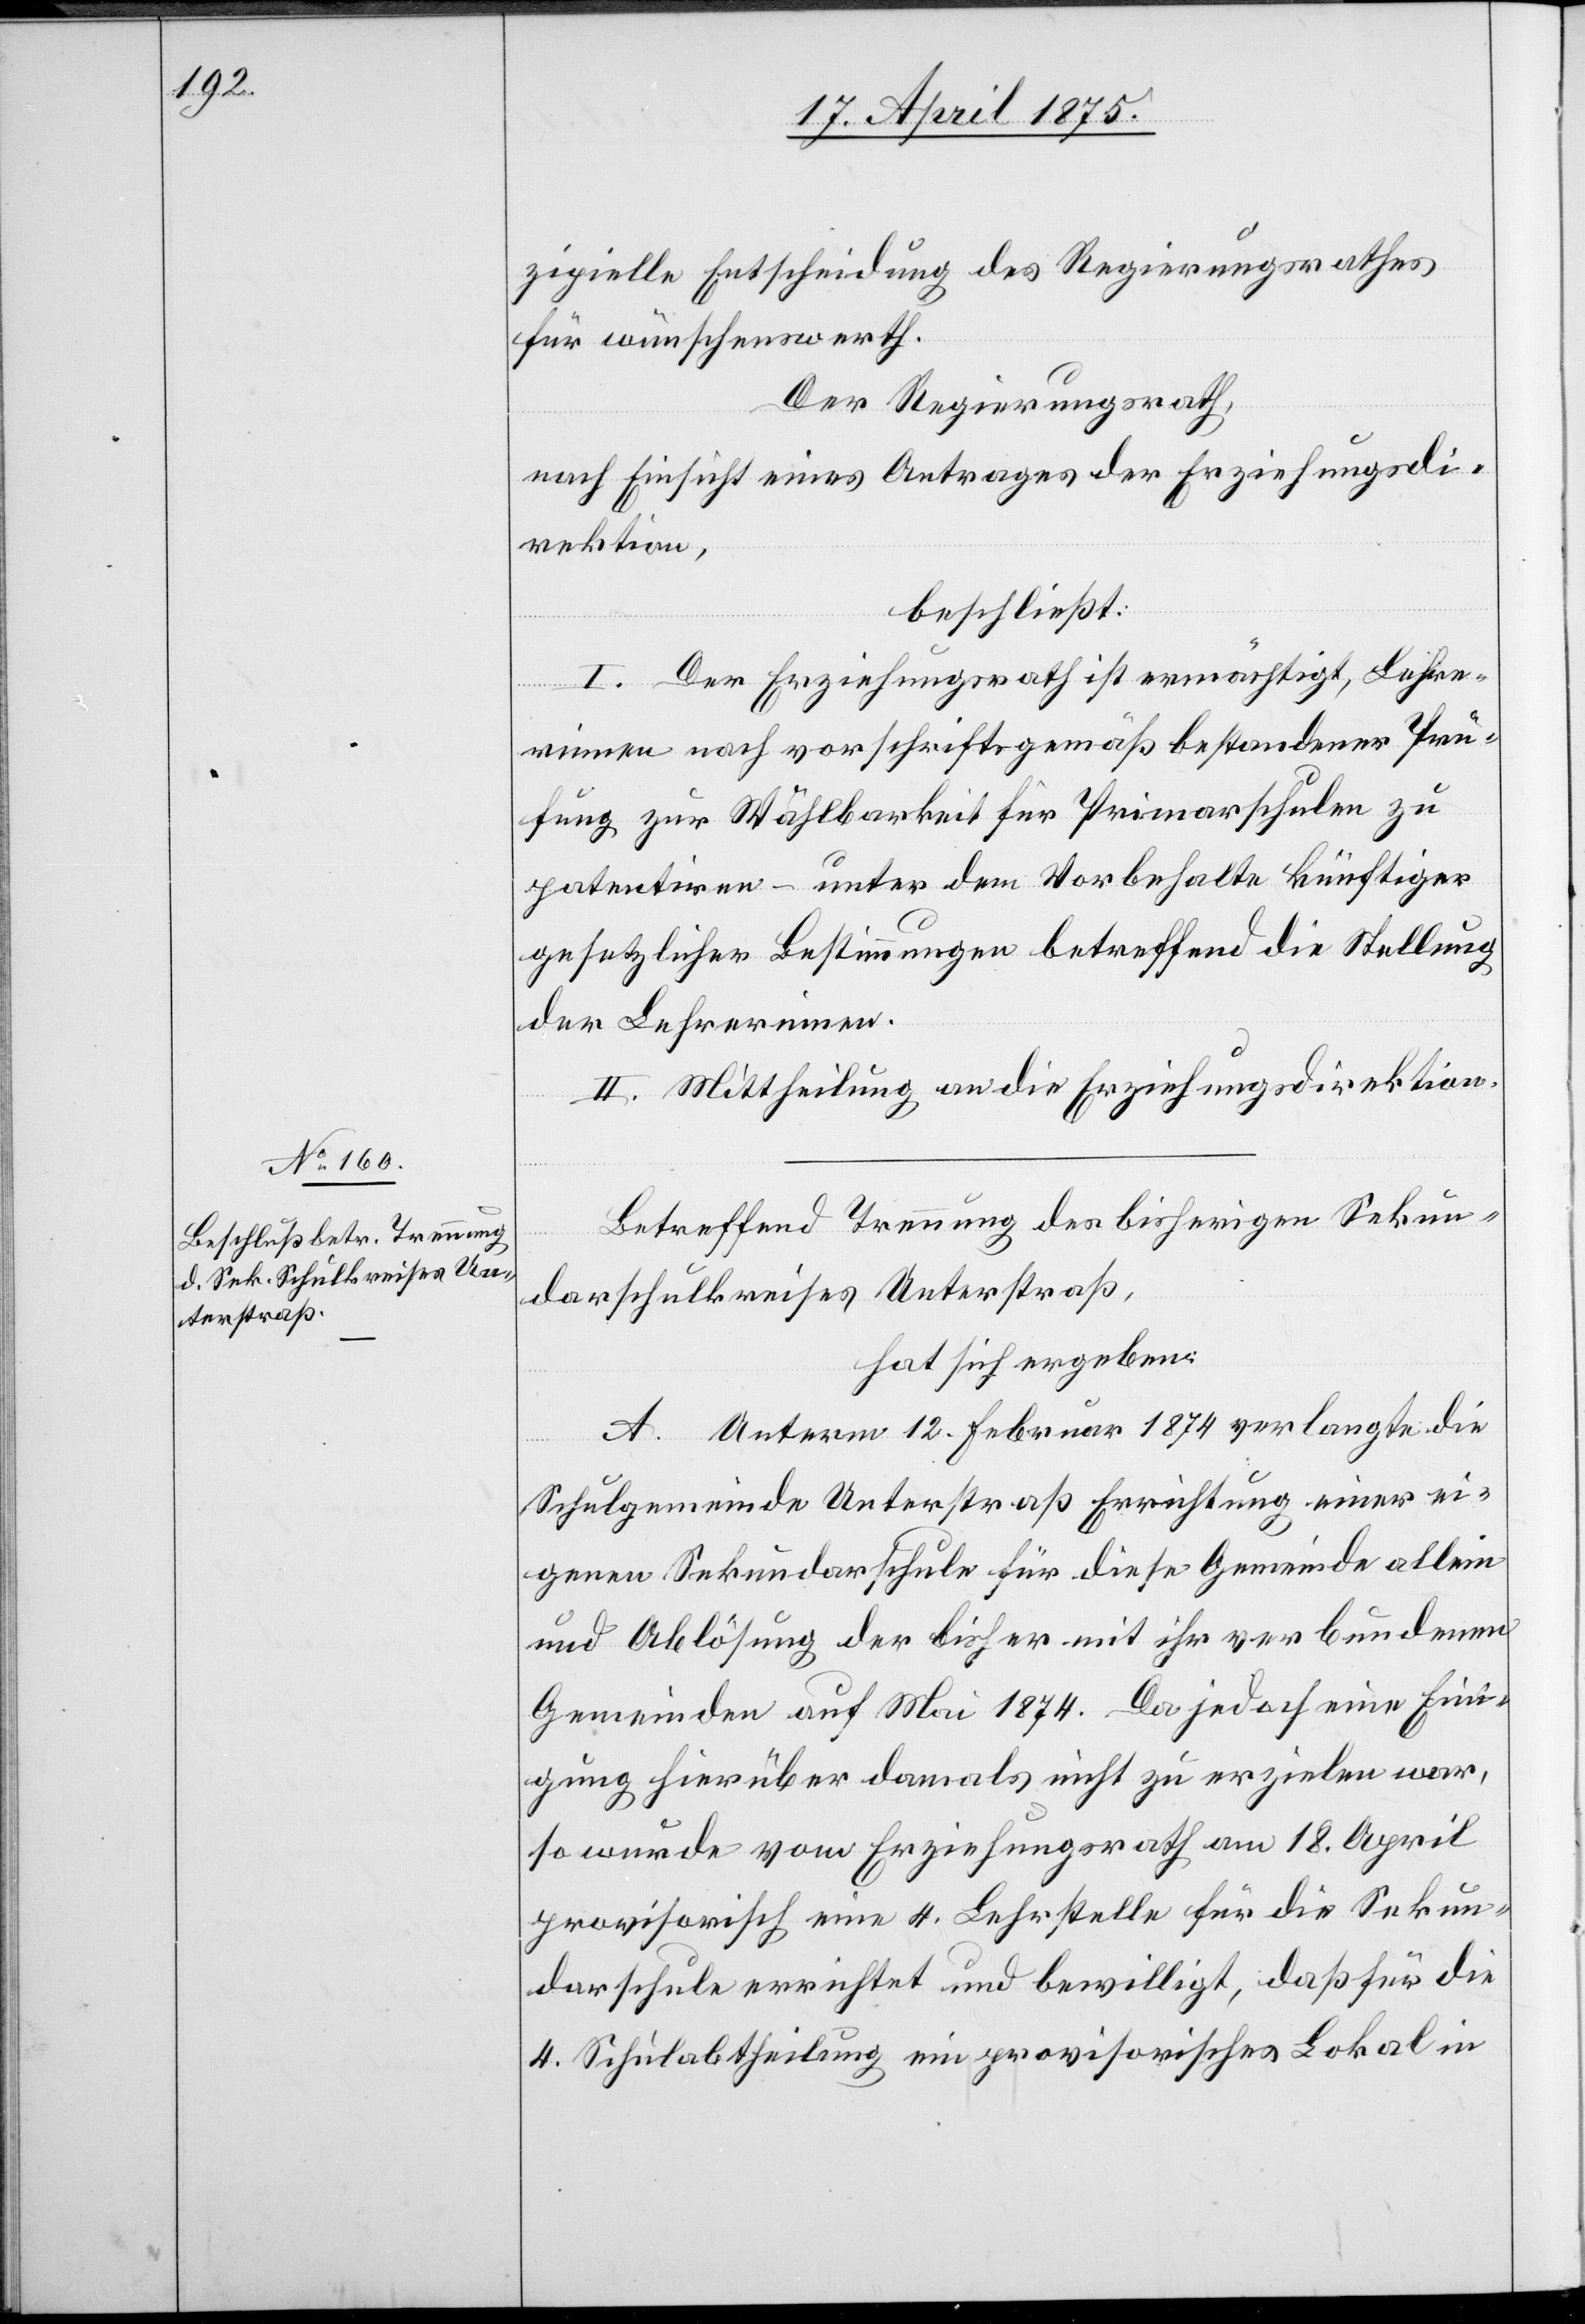
zipielle Entscheidung des Regierungsrathes
für wünschenswerth.
Der Regierungsrath,
nach Einsicht eines Antrages der Erziehungsdi¬
rektion,
beschließt:
I. Der Erziehungsrath ist ermächtigt, Lehre¬
rinnen nach vorschriftsgemäß bestandener Prü¬
fung zur Wählbarkeit für Primaschulen zu
patentiren – unter dem Vorbehalte künftiger
gesetzlicher Bestimmungen betreffend die Stellung
der Lehrerinnen.
II. Mittheilung an die Erziehungsdirektion.
Betreffend Trennung des bisherigen Sekun¬
darschulkreises Unterstraß,
hat sich ergeben:
A. Unterm 12. Februar 1874 verlangte die
Schulgemeinde Unterstraß Errichtung einer ei¬
genen Sekundarschule für diese Gemeinde allein
und Ablösung der bisher mit ihr verbundenen
Gemeinden auf Mai 1874. Da jedoch eine Eini¬
gung hierüber damals nicht zu erzielen war,
so wurde vom Erziehungsrath am 18. April
provisorische eine 4. Lehrstelle für die Sekun¬
darschule errichtet und bewilligt, daß für die
4. Schulabtheilung ein provisorisches Lokal in